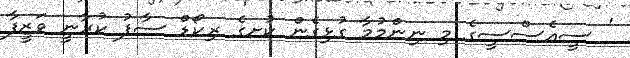
' ސީއެސްސީގެ މި ނިންމުމާ ގުޅިގެން ކުށގެ ރިކޯޑް ސާފު ކުރާނީ ވަޒީފާ